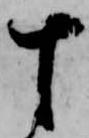
十